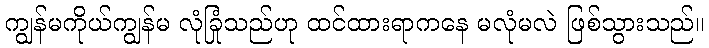
ကျွန်မကိုယ်ကျွန်မ လုံခြုံသည်ဟု ထင်ထားရာကနေ မလုံမလဲ ဖြစ်သွားသည်။